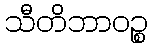
သီတိဘာဝဉ္စ